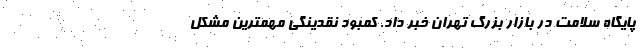
پایگاه سلامت در بازار بزرگ تهران خبر داد. کمبود نقدینگی مهمترین مشکل